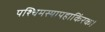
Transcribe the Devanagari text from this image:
पश्चिमस्यापहाकिंरक।